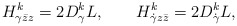
\begin{align*}H^k_{\gamma \bar z z} = 2 D^k_\gamma L, \qquad H^k_{\dot\gamma z \bar z} = 2 D^k_{\dot\gamma} L,\end{align*}